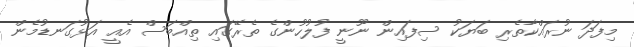
މިފަދަ ނުރައްކާތެރި ބަޔަކު ސިފައިން ނޫނީ ފުލުހުންގެ ތެރޭގައި ތިއްބަސް އެއީ އަޅުގަނޑުމެން